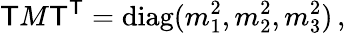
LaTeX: \mathsf{T}M\mathsf{T}^{\mathsf{T}}=\mathrm{{diag}}(m_{1}^{2},m_{2}^{2},m_{3}^{2})\, ,